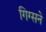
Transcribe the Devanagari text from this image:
गिग्सने